Source: Handwritten
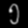
Digit: ၅ (5)